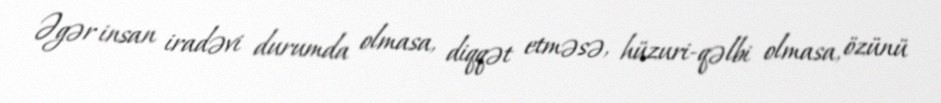
Əgər insan iradəvi durumda olmasa, diqqət etməsə, hüzuri-qəlbi olmasa, özünü